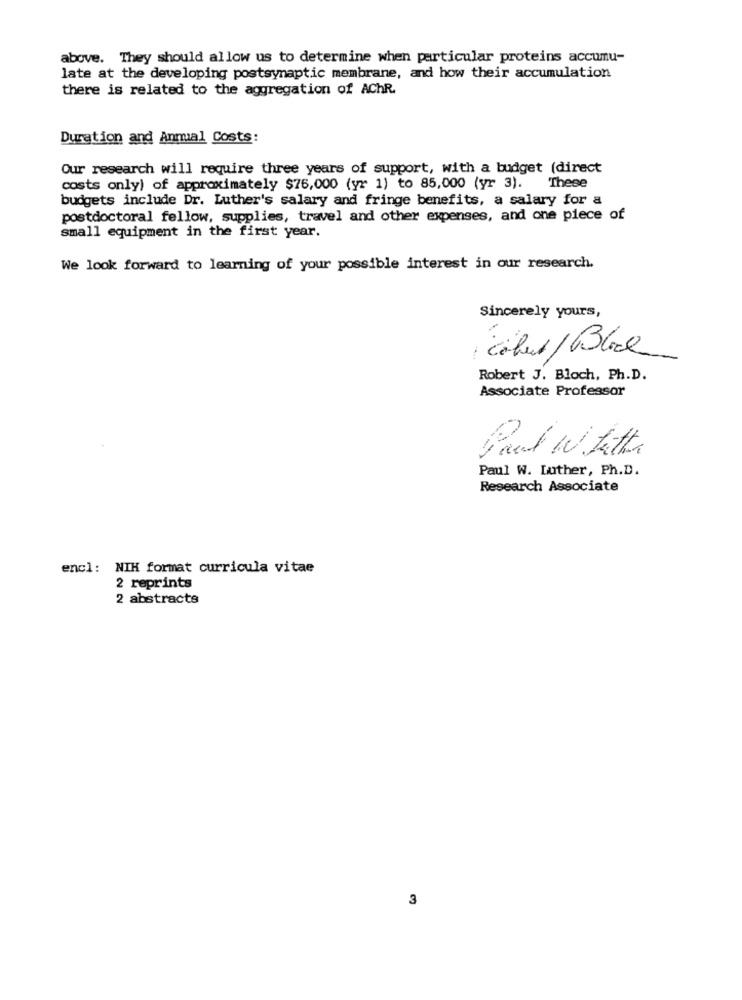
above. They should allow us to determine when particular proteins accumu-
late at the developing postsynaptic membrane, and how their accumulation
there is related to the aggregation of AChR.
Duration and Annual Costs:
Our research will require three years of support, with a budget (direct
costs only) of approximately $76,000 (yr 1) to 85,000 (yr 3). These
budgets include Dr. Luther's salary and fringe benefits, a salary for a
postdoctoral fellow, supplies, travel and other expenses, and one piece of
small equipment in the first year.
We look forward to learning of your possible interest in our research.
Sincerely yours,
Colet / Black
Robert J. Bloch, Ph.D.
Associate Professor
and W. Lattes
Paul W. Luther, Ph.D.
Research Associate
encl: NIK format curricula vitae
2 reprints
2 abstracts
3